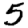
Digit: 5